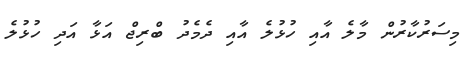
މިސަރުކާރުން މާލެ އާއި ހުޅުލެ އާއި ދެމެދު ބްރިޖް އަޅާ އަދި ހުޅުލެ